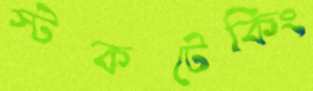
স্টকটেকিং